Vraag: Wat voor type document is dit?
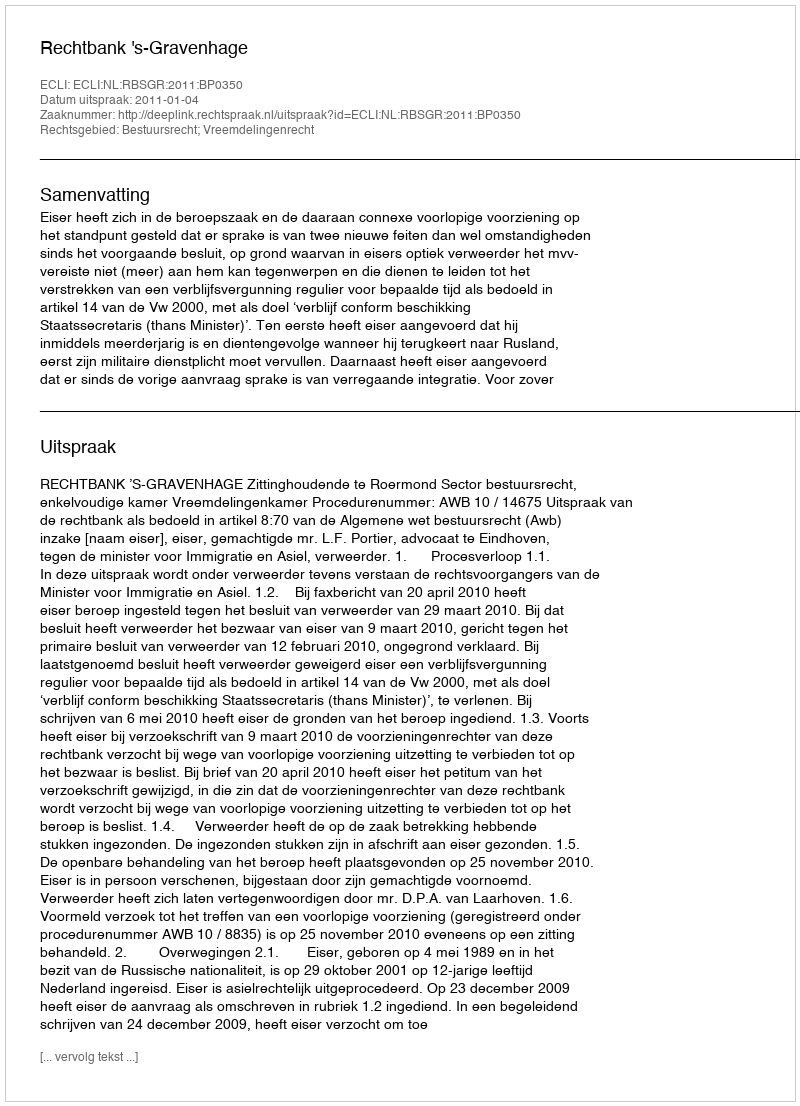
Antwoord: Uitspraak